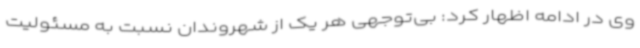
وی در ادامه اظهار کرد: بی‌توجهی هر یک از شهروندان نسبت به مسئولیت